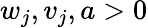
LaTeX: w_{j},v_{j},a>0